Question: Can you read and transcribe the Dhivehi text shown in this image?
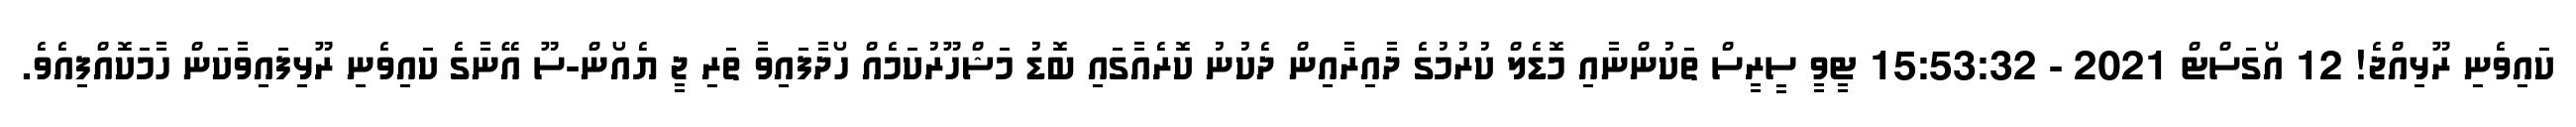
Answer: ކައިވެނި ރޫޅިއްޖެ! 12 އޯގަސްޓް 2021 - 15:53:32 ޓީވީ ސީރީސް ތަކުންނާއި މޮޑެލް ކުރުމުގެ ދާއިރާއިން ދެކުނު ކޮރެއާގައި ބޮޑު މަޝްހޫރުކަމެއް ހޯދާފައިވާ ތަރި ޖީ ޔެއޯން-ސޫ އޭނާގެ ކައިވެނި ރޫޅިފައިވާކަން ހާމަކޮއްފިއެވެ.